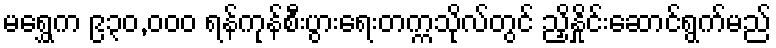
မရွှေက ၉၃၀,ဝဝဝ ရန်ကုန်စီးပွားရေးတက္ကသိုလ်တွင် ညှိနှိုင်းဆောင်ရွက်မည်